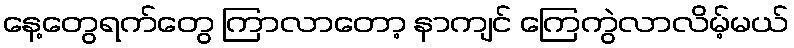
နေ့တွေရက်တွေ ကြာလာတော့ နာကျင် ကြေကွဲလာလိမ့်မယ်